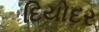
દિયોદર